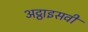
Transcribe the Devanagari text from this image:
अट्ठाइसवीं